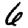
Digit: 6